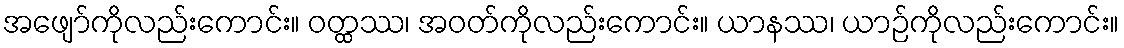
အဖျော်ကိုလည်းကောင်း။ ဝတ္ထဿ၊ အဝတ်ကိုလည်းကောင်း။ ယာနဿ၊ ယာဉ်ကိုလည်းကောင်း။